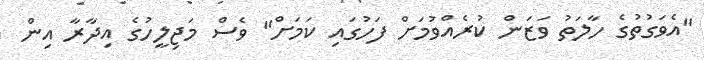
"އެވަގުތުގެ ހާލަތު ވަޒަން ކުރެއްވުމަށް ފަހުގައި ކަމަށް" ވެސް މަޖިލީހުގެ އިދާރާ އިން